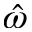
\hat { \omega }